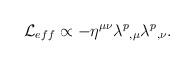
LaTeX: \begin{align*}{\cal L}_{eff} \propto - \eta^{\mu \nu} \lambda^p{}_{,\mu}\lambda^p{}_{,\nu}.\end{align*}